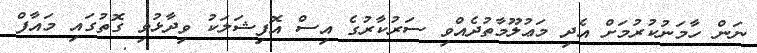
ނަން ހާމަނުކުރުމަށް އެދި މަޢުލޫމާތުދެއްވި ސަރުކާރުގެ އިސް އޮފިޝަލަކު ވިދާޅުވި ގޮތުގައި މައާފް